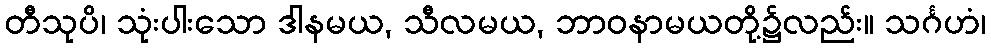
တီသုပိ၊ သုံးပါးသော ဒါနမယ, သီလမယ, ဘာဝနာမယတို့၌လည်း။ သင်္ဂဟံ၊